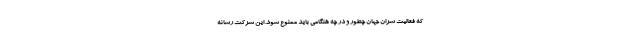
که فعالیت سران جهان چطور و در چه هنگامی باید ممنوع شود. این شرکت رسانه